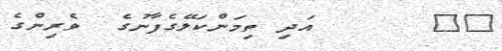
٢٩      އަދި ތިމަންކަލޭގެފާނުގެ  ވެރިންގެ